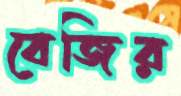
বেজির